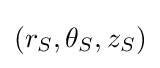
(r_{S},\theta _{S},z_{S})